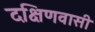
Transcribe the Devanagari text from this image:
दक्षिणवासी